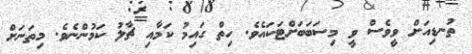
ތުނޑިއަށް ވީވެސް ވީ މިސަބަބަށްޓަކައެވެ. ހިތް ގައިމު ކަމާއި ޗާލު ކަމުންނެވެ. މިތަނަށް